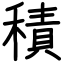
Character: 積